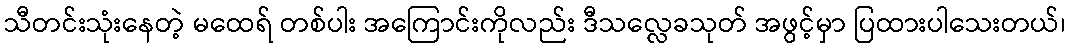
သီတင်းသုံးနေတဲ့ မထေရ် တစ်ပါး အကြောင်းကိုလည်း ဒီသလ္လေခသုတ် အဖွင့်မှာ ပြထားပါသေးတယ်၊